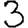
Digit: 3